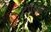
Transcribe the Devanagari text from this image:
टौक्सिन